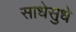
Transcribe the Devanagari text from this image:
साधेसुधे